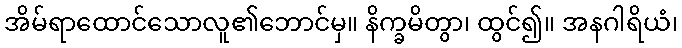
အိမ်ရာထောင်သောလူ၏ဘောင်မှ။ နိက္ခမိတွာ၊ ထွင်၍။ အနဂါရိယံ၊